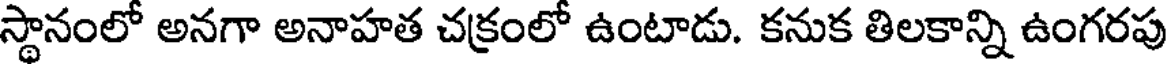
స్థానంలో అనగా అనాహత చక్రంలో ఉంటాడు. కనుక తిలకాన్ని ఉంగరపు